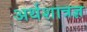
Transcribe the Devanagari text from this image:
अर्थशात्रज्ञ